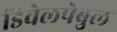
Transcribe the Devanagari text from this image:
डिवेलपेबुल